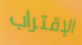
الإقتراب